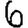
Digit: 6